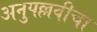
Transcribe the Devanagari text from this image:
अनुपल्लवीचा